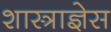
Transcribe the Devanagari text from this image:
शास्त्राज्ञेस